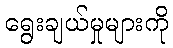
ရွေးချယ်မှုများကို